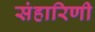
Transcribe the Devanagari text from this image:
संहारिणी